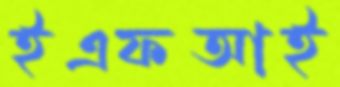
ইএফআই